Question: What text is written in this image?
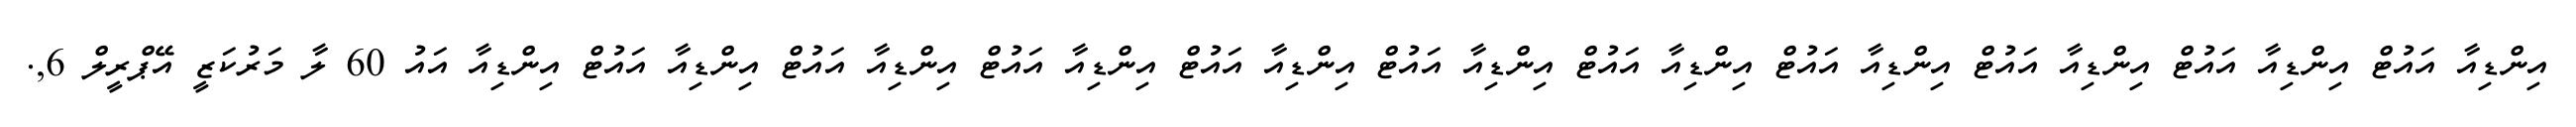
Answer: އިންޑިއާ އައުޓް އިންޑިއާ އައުޓް އިންޑިއާ އައުޓް އިންޑިއާ އައުޓް އިންޑިއާ އައުޓް އިންޑިއާ އައުޓް އިންޑިއާ އައުޓް އިންޑިއާ އައުޓް އިންޑިއާ އައުޓް އިންޑިއާ އައުޓް އިންޑިއާ އައު 60 ލާ މަރުކަޒީ އޭޕްރީލް 6,.